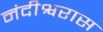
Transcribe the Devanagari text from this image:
नंदीश्वरास